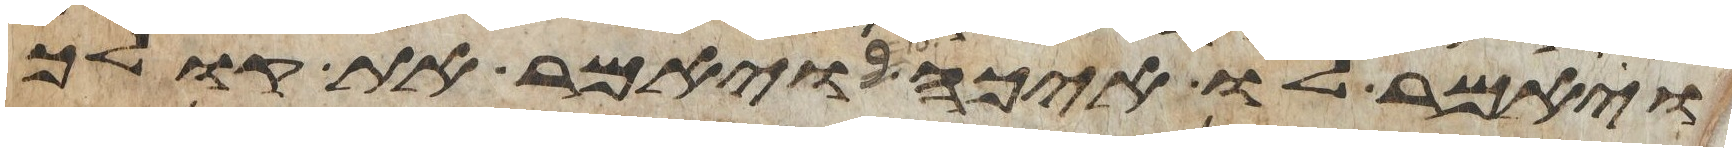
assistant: ויאמר לו איכה ויאמר את קולך